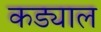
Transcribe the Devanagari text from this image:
कड्याल